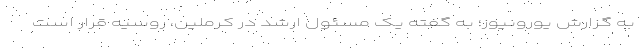
به گزارش یورونیوز؛ به گفته یک مسئول ارشد در کرملین، روسیه قرار است